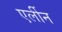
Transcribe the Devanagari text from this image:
एर्लीन